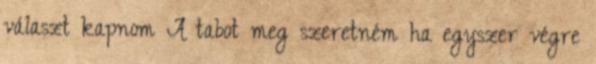
választ kapnom A tabot meg szeretném ha egyszer végre